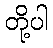
တို့ပါ